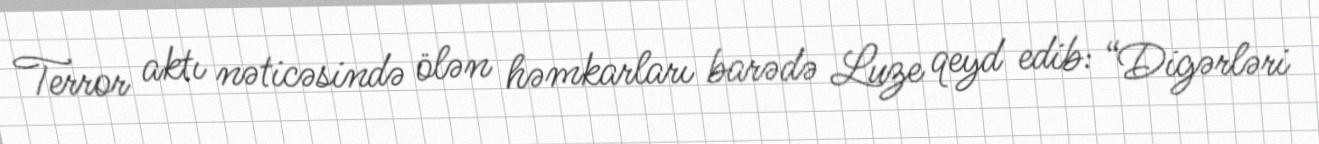
Terror aktı nəticəsində ölən həmkarları barədə Luze qeyd edib: “Digərləri